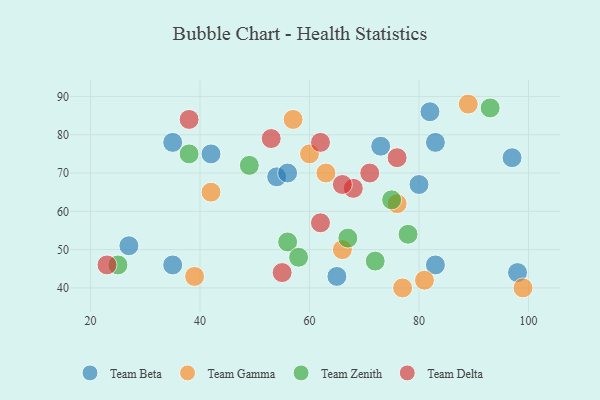
{"axis": {"x": "GDP", "y": "Life Expectancy"}, "legend": ["Team Beta", "Team Delta", "Team Gamma", "Team Zenith"], "data": [{"x": "54", "y": 69, "type": "Team Beta"}, {"x": "98", "y": 44, "type": "Team Beta"}, {"x": "97", "y": 74, "type": "Team Beta"}, {"x": "80", "y": 67, "type": "Team Beta"}, {"x": "73", "y": 77, "type": "Team Beta"}, {"x": "42", "y": 75, "type": "Team Beta"}, {"x": "27", "y": 51, "type": "Team Beta"}, {"x": "83", "y": 46, "type": "Team Beta"}, {"x": "82", "y": 86, "type": "Team Beta"}, {"x": "65", "y": 43, "type": "Team Beta"}, {"x": "83", "y": 78, "type": "Team Beta"}, {"x": "35", "y": 46, "type": "Team Beta"}, {"x": "35", "y": 78, "type": "Team Beta"}, {"x": "56", "y": 70, "type": "Team Beta"}, {"x": "77", "y": 40, "type": "Team Gamma"}, {"x": "42", "y": 65, "type": "Team Gamma"}, {"x": "99", "y": 40, "type": "Team Gamma"}, {"x": "81", "y": 42, "type": "Team Gamma"}, {"x": "57", "y": 84, "type": "Team Gamma"}, {"x": "63", "y": 70, "type": "Team Gamma"}, {"x": "76", "y": 62, "type": "Team Gamma"}, {"x": "89", "y": 88, "type": "Team Gamma"}, {"x": "66", "y": 50, "type": "Team Gamma"}, {"x": "39", "y": 43, "type": "Team Gamma"}, {"x": "60", "y": 75, "type": "Team Gamma"}, {"x": "75", "y": 63, "type": "Team Zenith"}, {"x": "78", "y": 54, "type": "Team Zenith"}, {"x": "25", "y": 46, "type": "Team Zenith"}, {"x": "67", "y": 53, "type": "Team Zenith"}, {"x": "72", "y": 47, "type": "Team Zenith"}, {"x": "56", "y": 52, "type": "Team Zenith"}, {"x": "38", "y": 75, "type": "Team Zenith"}, {"x": "58", "y": 48, "type": "Team Zenith"}, {"x": "49", "y": 72, "type": "Team Zenith"}, {"x": "93", "y": 87, "type": "Team Zenith"}, {"x": "62", "y": 78, "type": "Team Delta"}, {"x": "71", "y": 70, "type": "Team Delta"}, {"x": "68", "y": 66, "type": "Team Delta"}, {"x": "76", "y": 74, "type": "Team Delta"}, {"x": "53", "y": 79, "type": "Team Delta"}, {"x": "23", "y": 46, "type": "Team Delta"}, {"x": "55", "y": 44, "type": "Team Delta"}, {"x": "62", "y": 57, "type": "Team Delta"}, {"x": "38", "y": 84, "type": "Team Delta"}, {"x": "66", "y": 67, "type": "Team Delta"}]}